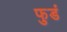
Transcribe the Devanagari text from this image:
फुडं